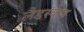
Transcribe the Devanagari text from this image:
लैडस्केप